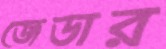
জেডার